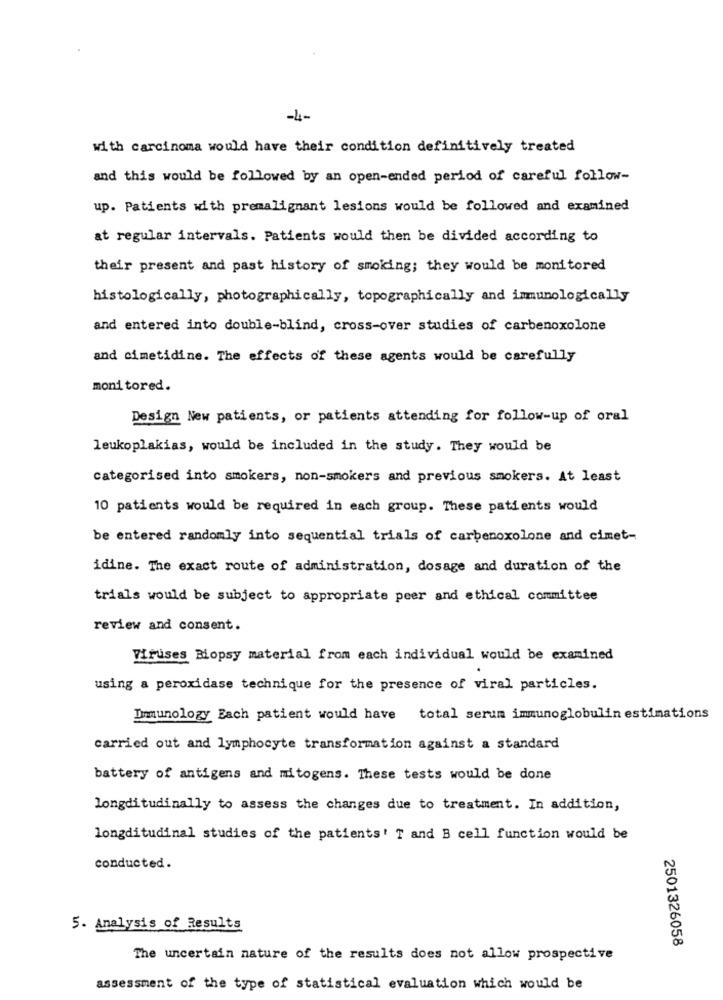
-4-
with carcinoma would have their condition definitively treated
and this would be followed by an open-ended period of careful follow-
up. Patients with premalignant lesions would be followed and examined
at regular intervals. Patients would then be divided according to
their present and past history of smoking; they would be monitored
histologically, photographically, topographically and immunologically
and entered into double-blind, cross-over studies of carbenoxolone
and cimetidine. The effects of these agents would be carefully
monitored.
Design New patients, or patients attending for follow-up of oral
leukoplakias, would be included in the study. They would be
categorised into smokers, non-smokers and previous smokers. At least
10 patients would be required in each group. These patients would
be entered randomly into sequential trials of carbenoxolone and cimet-
idine. The exact route of administration, dosage and duration of the
trials would be subject to appropriate peer and ethical committee
review and consent.
Viruses Biopsy material from each individual would be examined
using a peroxidase technique for the presence of viral particles.
Immunology Each patient would have total serum immunoglobulin estimations
carried out and lymphocyte transformation against a standard
battery of antigens and mitogens. These tests would be done
longditudinally to assess the changes due to treatment. In addition,
longditudinal studies of the patients' T and B cell function would be
conducted.
5. Analysis of Results
2501326058
The uncertain nature of the results does not allow prospective
assessment of the type of statistical evaluation which would be